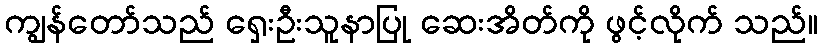
ကျွန်တော်သည် ရှေးဦးသူနာပြု ဆေးအိတ်ကို ဖွင့်လိုက် သည်။